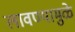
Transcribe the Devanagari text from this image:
लावण्यामुळे